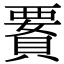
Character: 𧷋